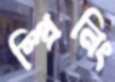
স্প্রিনিং